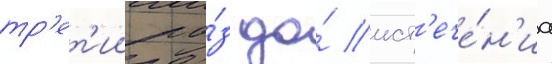
тр'ет'ии ра́з до́ ист'ече́н'иа